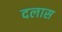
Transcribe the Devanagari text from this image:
दलास